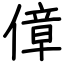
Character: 傽